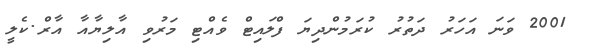
2001 ވަނަ އަހަރު ދަތުރު ކުރަމުންދިޔަ ފްލައިޓް ވެއްޓި މަރުވި އާލިޔާއާ އާރް.ކެލީ